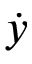
\dot { y }